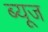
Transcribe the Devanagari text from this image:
ब्यूज